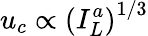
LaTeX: {u_{c}}\propto{\left({I_{L}^{a}}\right)^{1/3}}